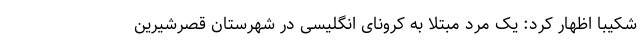
شکیبا اظهار کرد: یک مرد مبتلا به کرونای انگلیسی در شهرستان قصرشیرین